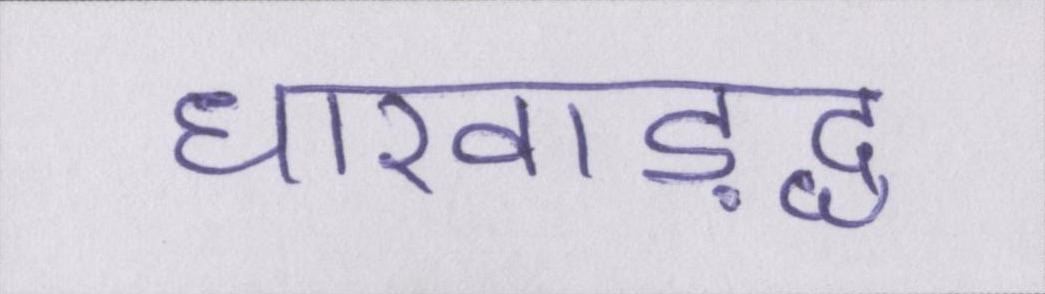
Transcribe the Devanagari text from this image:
धारवाड़द्ध